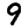
Digit: 9